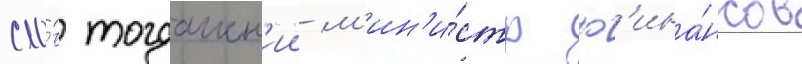
сло́в тогдашн'ии м'ин'и́стр ф'ина́нсов